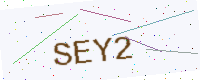
Text: SEY2